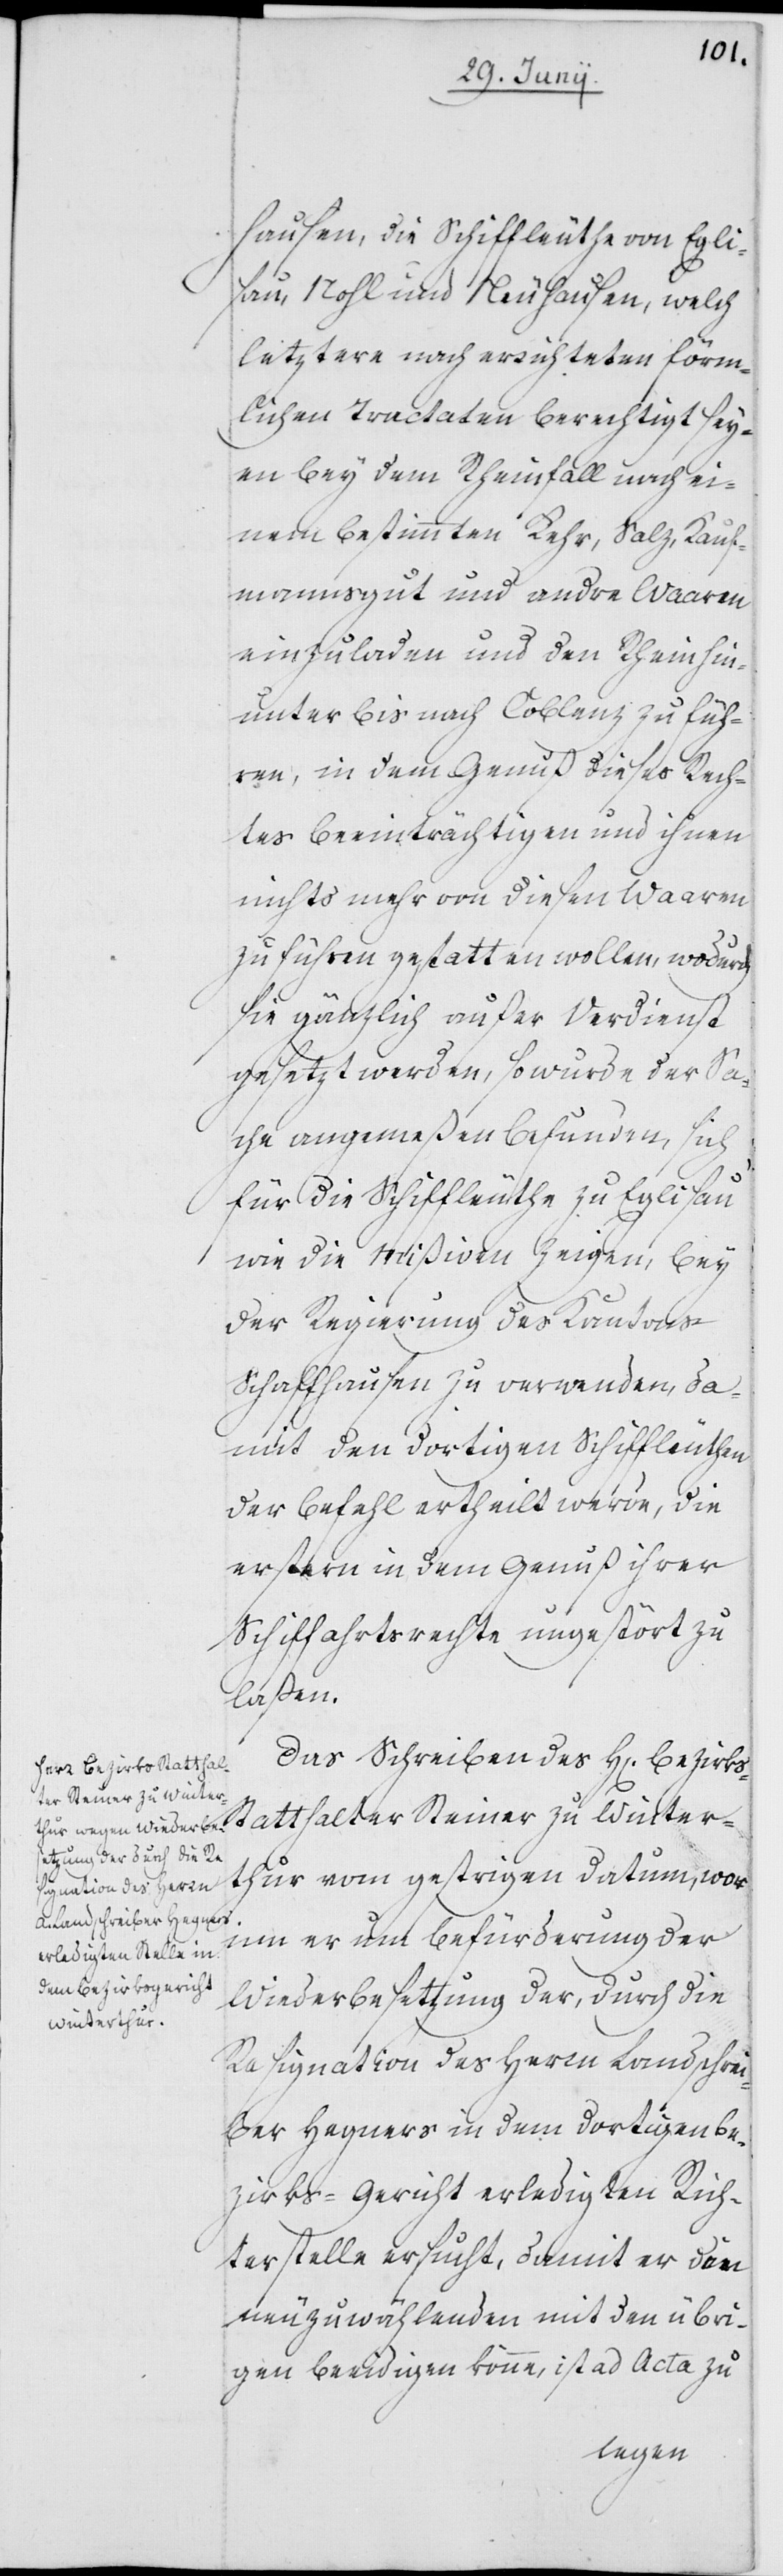
hausen, die Schiffleuthe von Egli¬
sau, Nohl und Neuhausen, welch
letztere nach errichteten förm¬
lichen Tractaten berechtigt sey¬
en bey dem Rheinfall nach ei¬
nem bestimmten Kehr, Salz, Kauf¬
mannsgut und andre Waaren
einzuladen und den Rhein hin¬
unter bis nach Coblenz zu füh¬
ren, in dem Genuß dieses Rech¬
tes beeinträchtigen und ihnen
nichts mehr von diesen Waaren
zu führen gestatten wollen, wodurch
sie gänzlich außer Verdienst
gesetzt werden, so wurde der Sa¬
che angemeßen befunden, sich
für die Schiffleuthe zu Eglisau
wie die Mißiven zeigen, bey
der Regierung des Kantons
Schaffhausen zu verwenden, da¬
mit den dortigen Schiffleuthen
der Befehl ertheilt werde, die
erstern in dem Genuß ihrer
Schiffahrtsrechte ungestört zu
laßen.
Das Schreiben des H[errn] Bezirks¬
statthalter Steiner zu Winter¬
thur vom gestrigen Datum, wor¬
inn er um Befürderung der
Wiederbesetzung der, durch die
Resignation des Herrn Landschrei¬
ber Hegners in dem dortigen Be¬
zirks-Gericht erledigten Rich¬
terstelle ersucht, damit er d[?en]
neuzuwählenden mit den übri¬
gen beeidigen könne, ist ad Acta zu